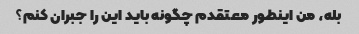
بله، من اینطور معتقدم چگونه باید این را جبران کنم؟